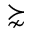
\succnsim